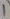
Text: 1